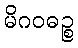
မိဂဝဓဉ္စ